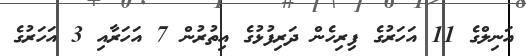
އަނިލްގެ 11 އަހަރުގެ ފިރިހެން ދަރިފުޅުގެ އިތުރުން 7 އަހަރާާއި 3 އަހަރުގެ